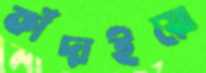
কাঁদাইয়ো